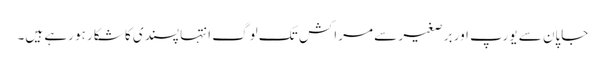
جاپان سے یورپ اور برصغیر سے مراکش تک لوگ انتہا پسندی کا شکار ہو رہے ہیں۔